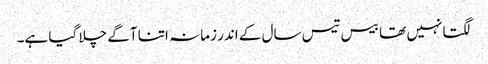
لگتا نہیں تھا بیس تیس سال کے اندر زمانہ اتنا آگے چلا گیا ہے۔